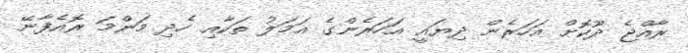
ރާއްޖެ ދޫކޮށް އަހަރެން ދިޔައީ އަހަރެންގެ އަމަލު ތަކާއި ހެދި މަންމަ ރޮއެފާނޭ